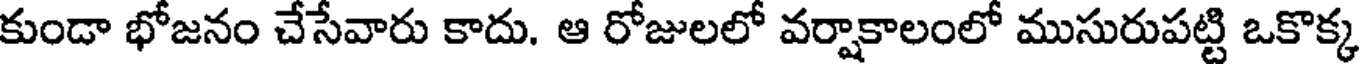
కుండా భోజనం చేసేవారు కాదు. ఆ రోజులలో వర్షాకాలంలో ముసురుపట్టి ఒకొక్క